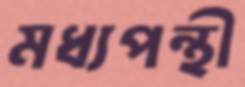
মধ্যপন্থী